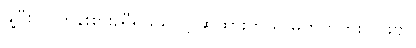
နို့ပြီး လူတန်းစားညီရမယ်လို့ ဆိုထားတယ် မဟုတ်ဘူးလားဗျ။